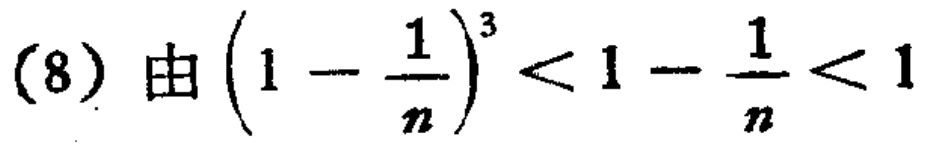
(8) 由 \((1 - \frac{1}{n})^3 < 1 - \frac{1}{n} < 1\)